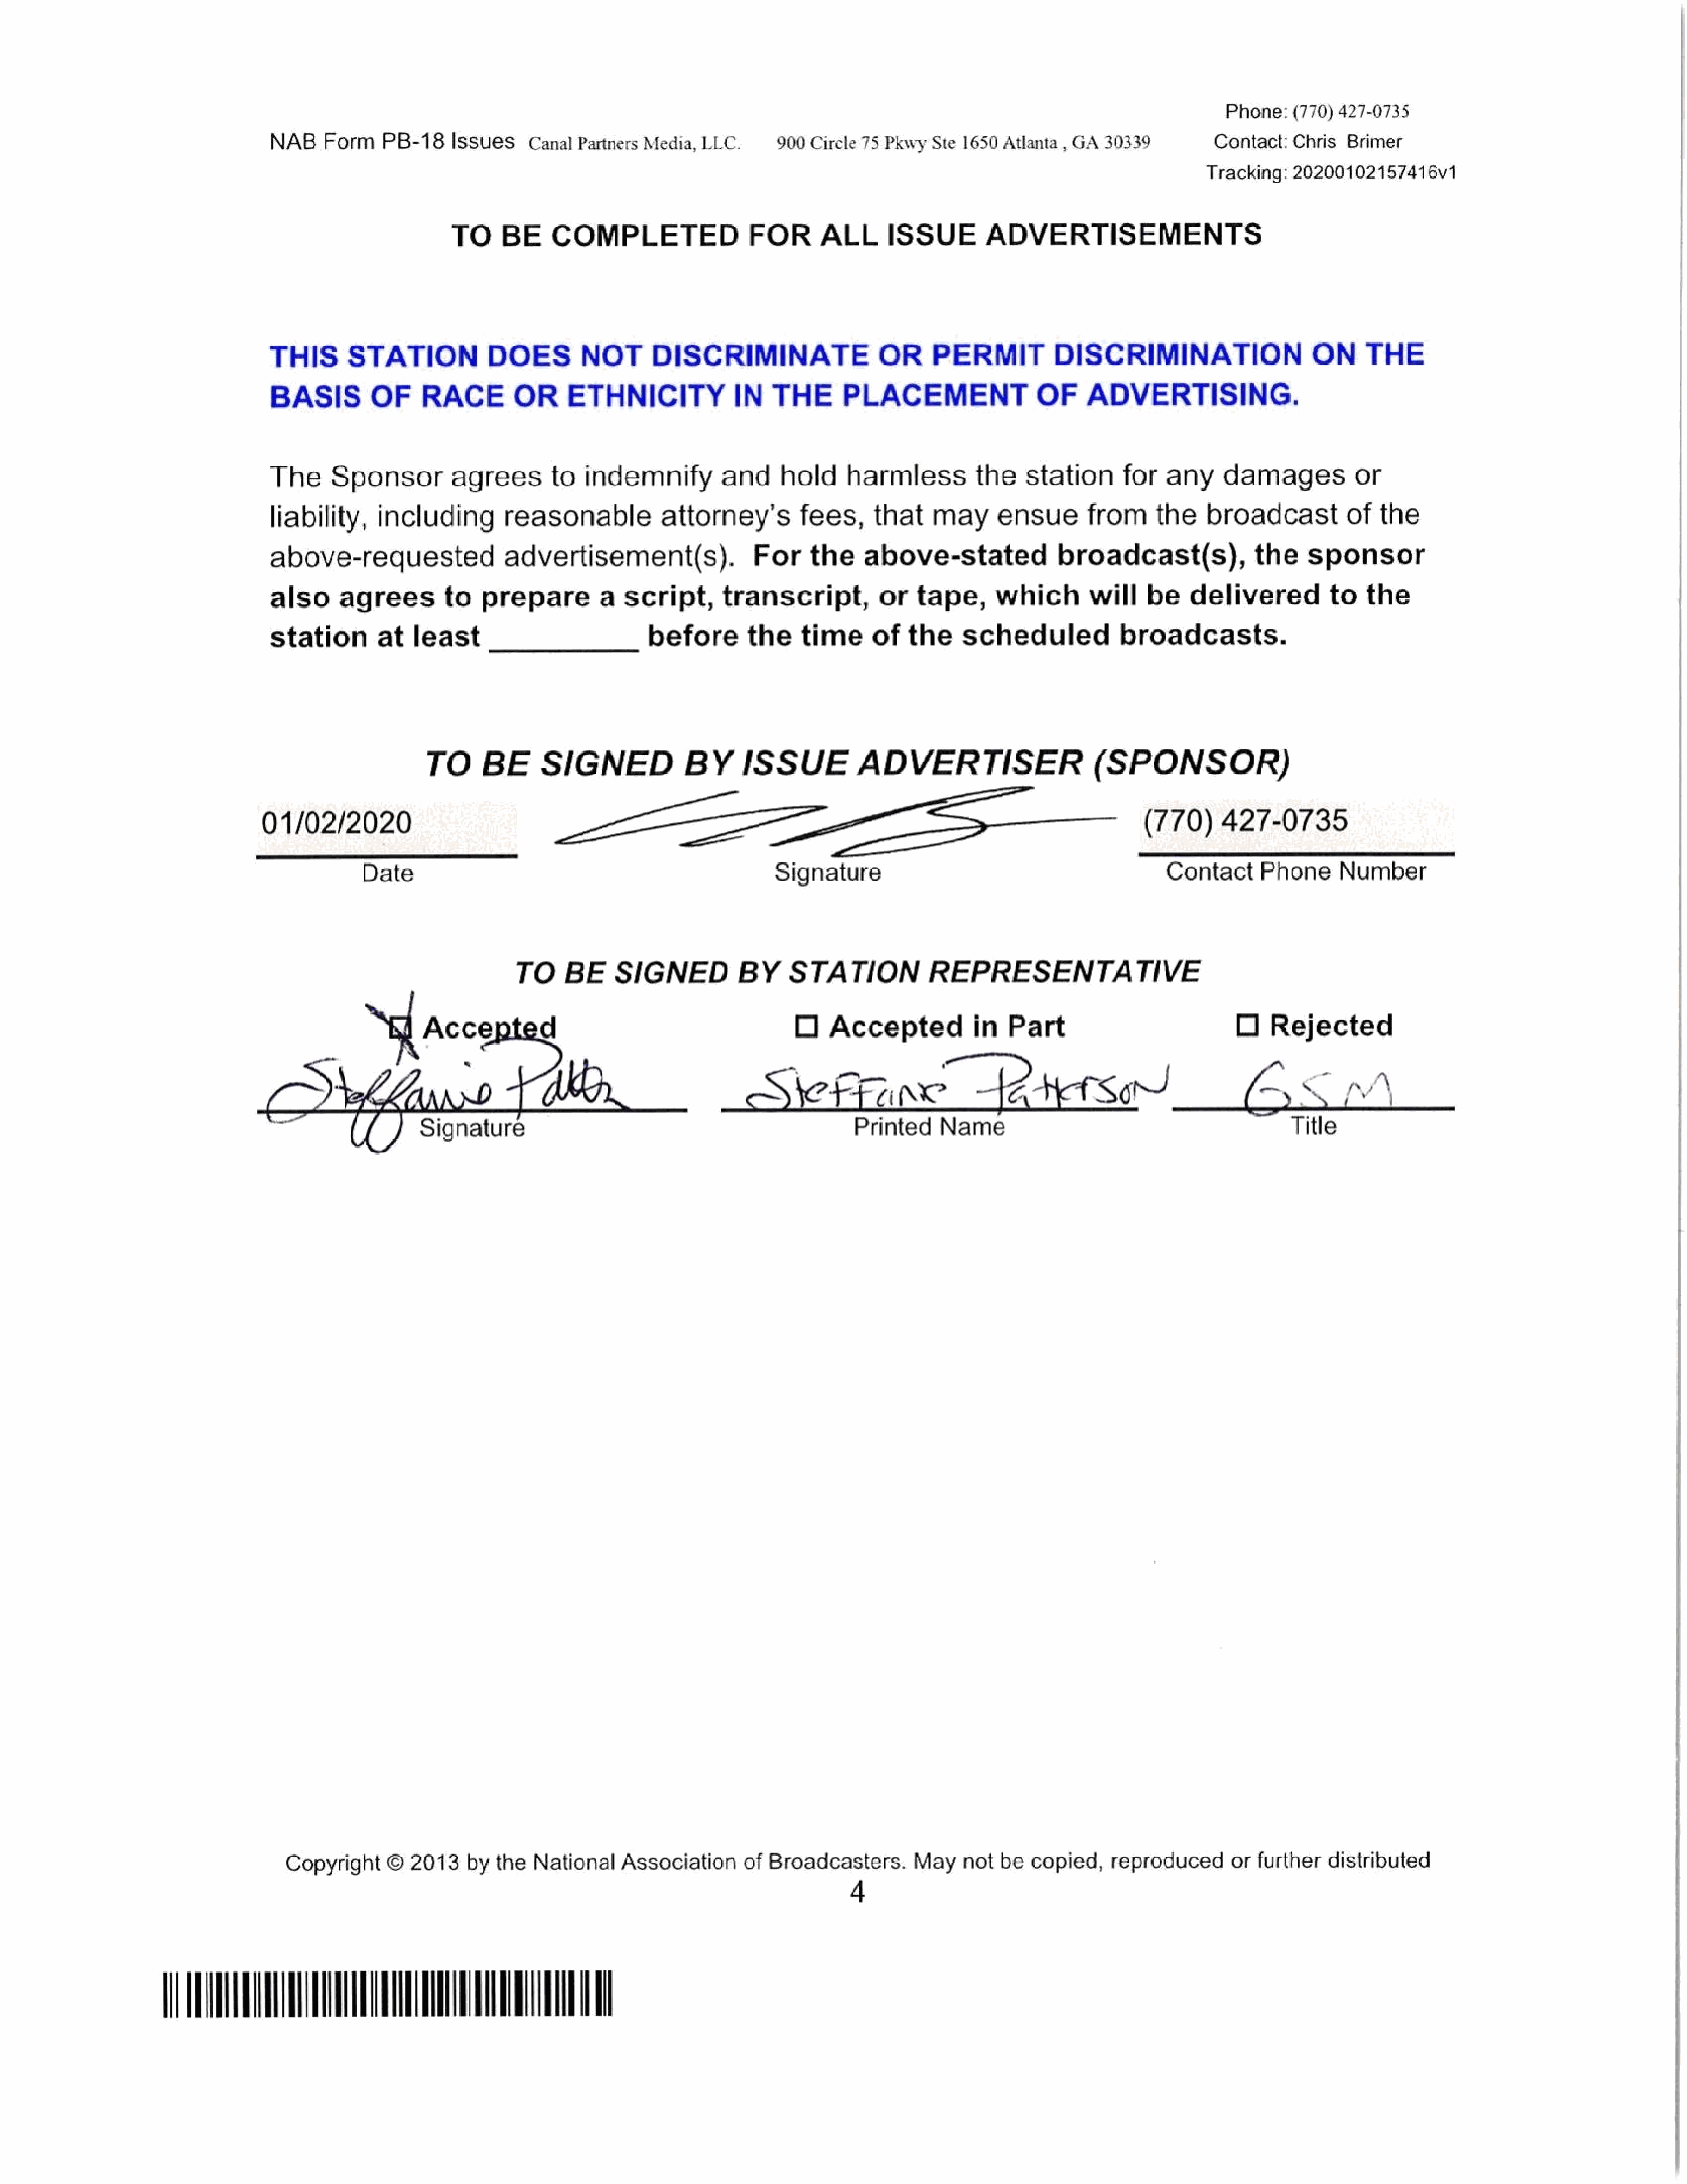
Phone:(770)     427-0735
 NAB    Form     PB-18     Issues     Canal  Partners Media,  LLC.       _900 Circle 75  PkwySte    1650 Atlanta  , GA  30339           Contact:   Chris   Brimer                                         |
 Tracking:   20200102157416v1
 TO     BE     COMPLETED               FOR       ALL           ISSUE         ADVERTISEMENTS
 THIS       STATION             DOES         NOTDISCRIMINATE                            OR     PERMIT            DISCRIMINATION                       ON     THE
 BASIS         OF     RACE         OR      ETHNICITY               IN   THE        PLACEMENT              OF         ADVERTISING.
 The      Sponsor       agrees        to      indemnify          and      hold     harmless          the     station      for    any     damages            or
 liability,     including         reasonable             attorney's         fees,      that     may      ensue       from      the     broadcastof             the
 above-requested                  advertisement(s).                   For     the     above-stated               broadcast(s),               the     sponsor
 also      agrees     to       prepare          a  script,       transcript,            or   tape,      which         will    be    delivered           to   the
 station        at   least                             before        the     time      of   the     scheduled             broadcasts.
 TO      BE      SIGNED               BY      ISSUE           ADVERTISER                        (SPONSOR)
 01/02/2020                                a                                                                                    (770)      427-0735
 Date                                                       Signature                                               Contact      Phone       Number
 TO     BE     SIGNED            BY     STATION             REPRESENTATIVE
 Accepted                                              O   Accepted         in       Part                             O    Rejected
 SieFine                          2H               SM                   BS"
 Signature                                                     Printed     Name                                              Title
 Copyright     ©   2013    by  the  National     Association      of  Broadcasters.        May    not  be  copied,     reproducedorfurtherdistributed
 4
 WVU